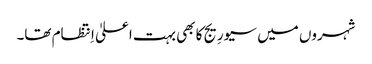
شہروں میں سیورِیج کا بھی بہت اعلیٰ اِنتظام تھا۔